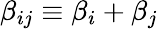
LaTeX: \beta_{ij}\equiv\beta_{i}+\beta_{j}